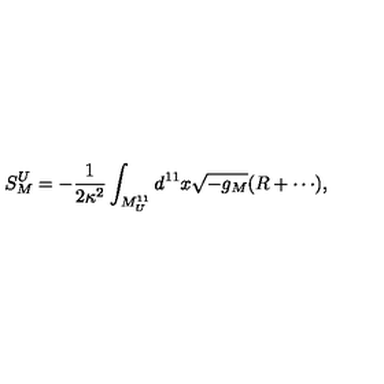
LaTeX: S _ { M } ^ { U } = - { \frac { 1 } { 2 \kappa ^ { 2 } } } \int _ { M _ { U } ^ { 1 1 } } d ^ { 1 1 } x \sqrt { - g _ { M } } ( R + \cdots ) ,